Jaan_Tonisson_(Lasteleht), lk 23
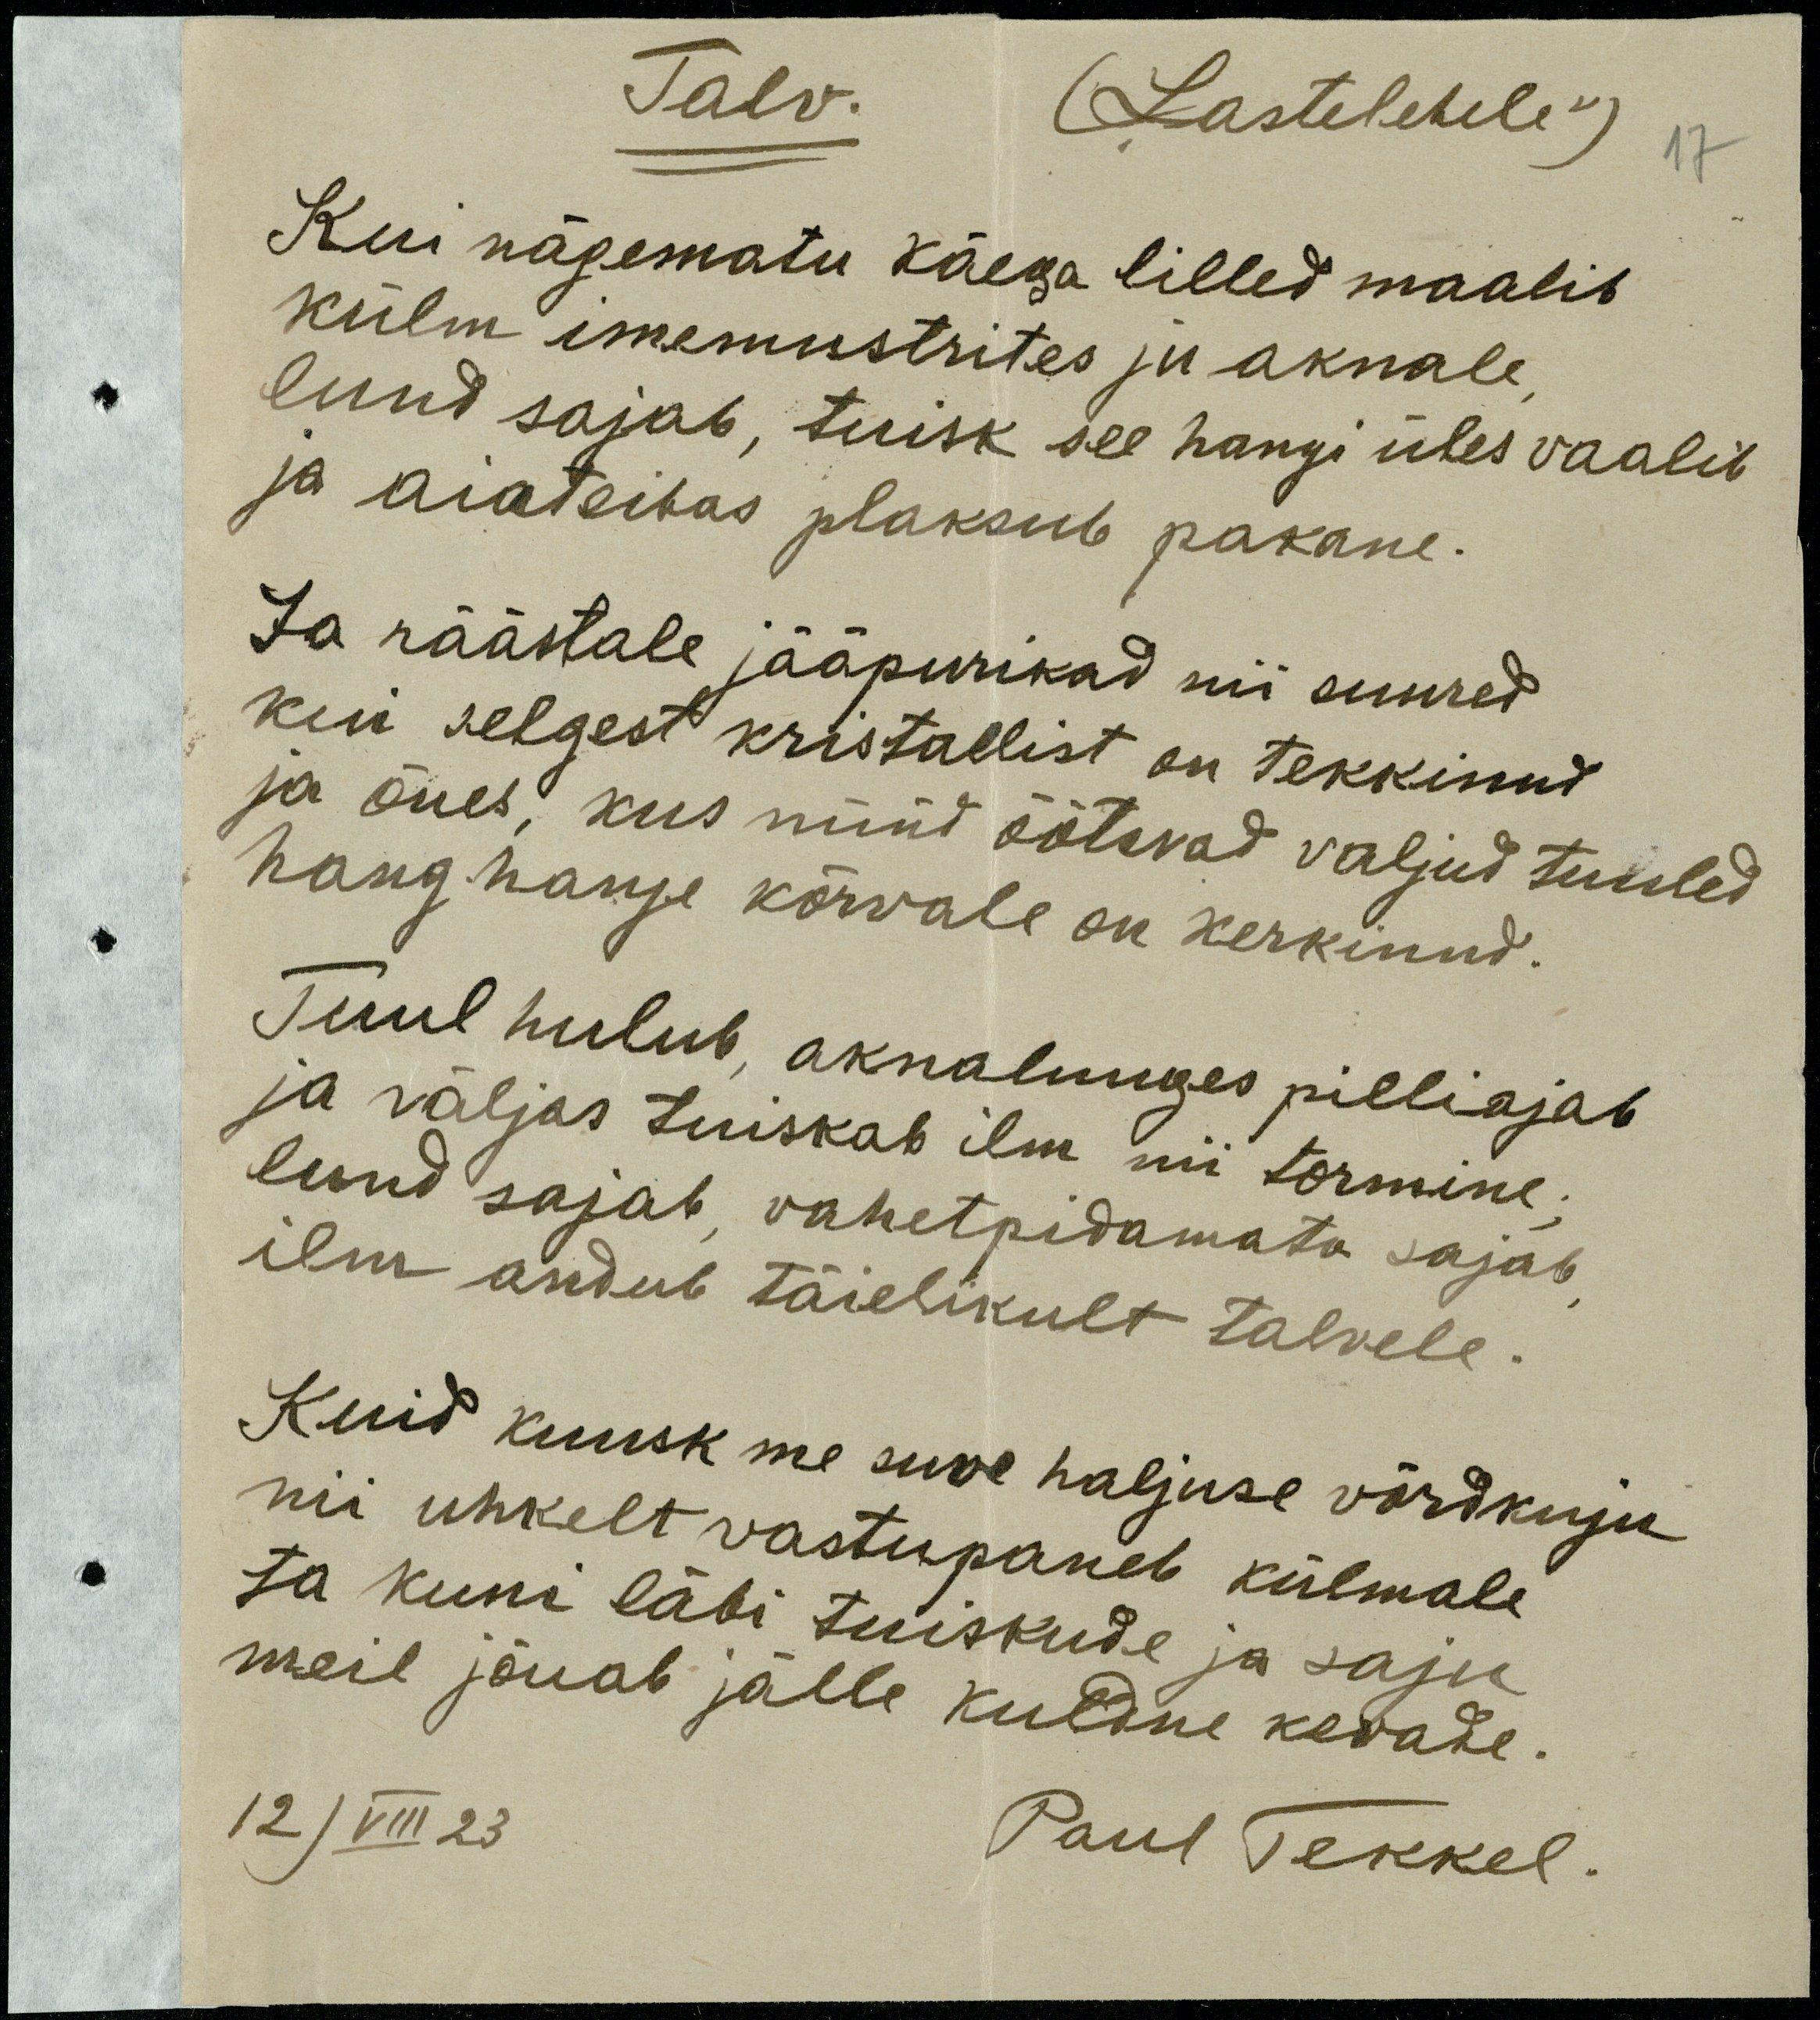
Talv.
("Lastelehele")
Kui nägematu käega lilled maalib
külm imemustrites ju aknale,
lund sajab, tuisk see hangi üles vaalib
ja aiateibas plaksub pakane.
Ja räästale jääpurikad nii suured
kui selgest kristallist on tekkinud
ja õues, kus nüüd õõtsvad valjud tuuled
hang hange kõrvale on kerkinud.
Tuul hulub, aknaluuges pilli ajab
ja väljas tuiskab ilm nii tormine;
lund sajab, vahetpidamata sajab,
ilm andub täielikult talvele.
Kuid kuusk me suve haljuse võrdkuju
nii uhkelt vastupaneb külmale
ta kuni läbi tuiskude ja saju
meil jõuab jälle kuldne kevade.
12/VIII 23
Paul Tekkel.